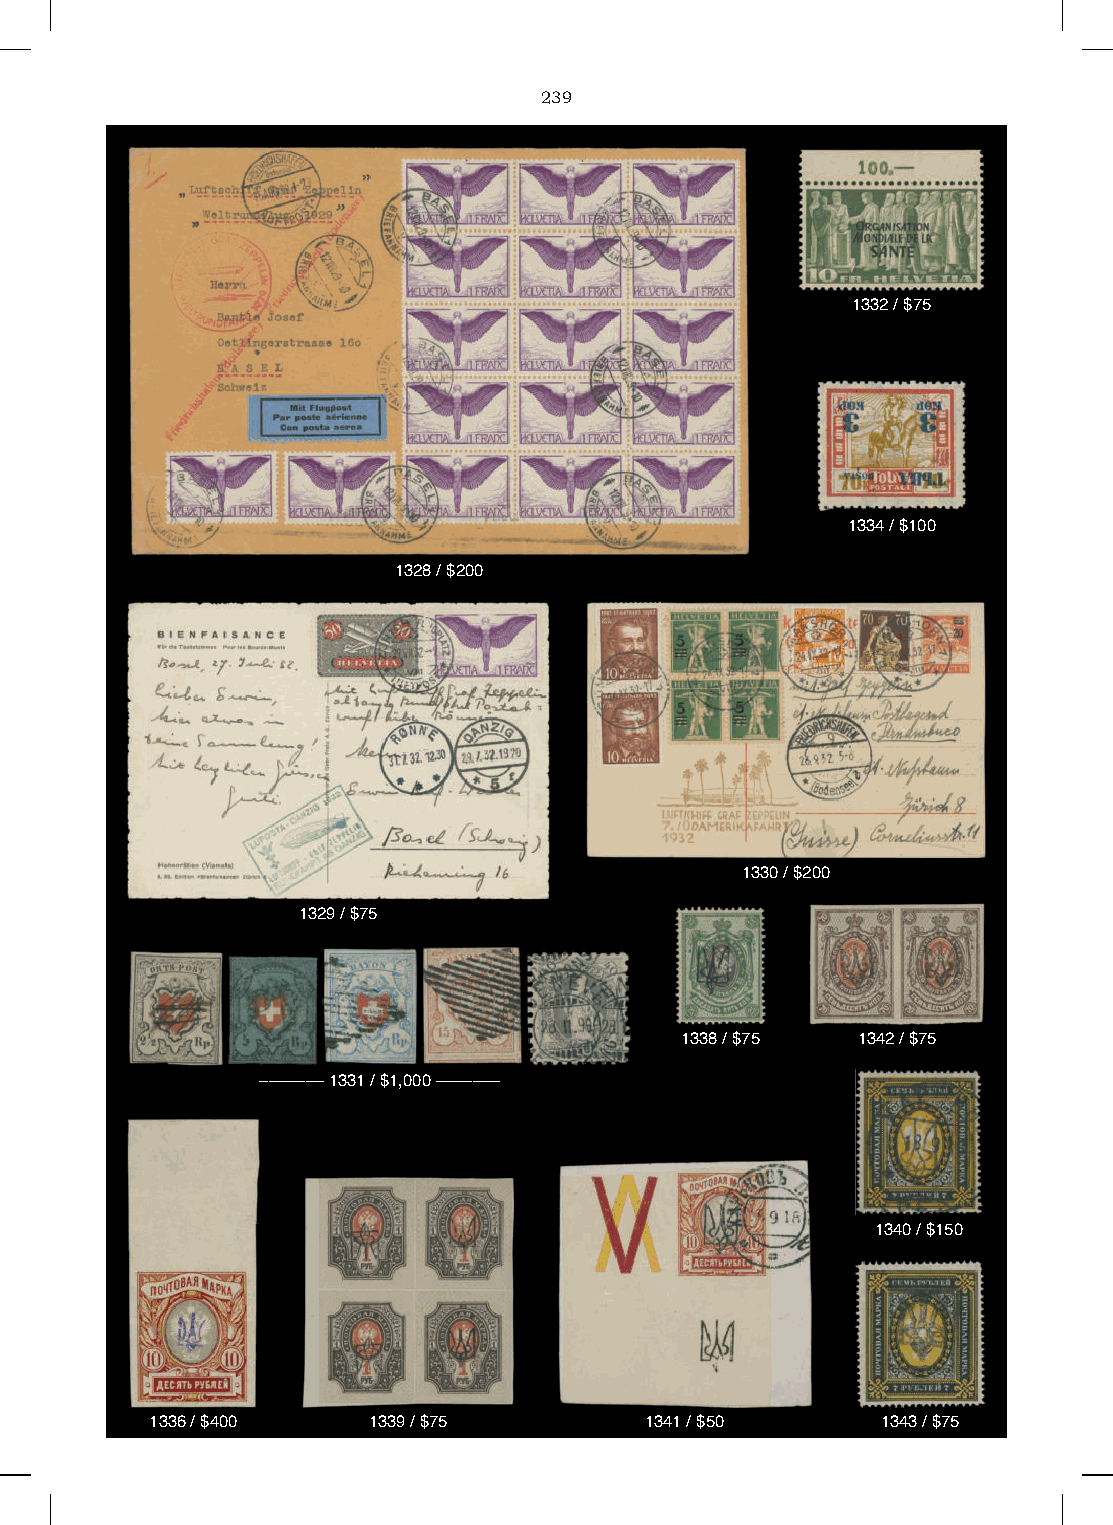
239
 1332 / $75
 1334 / $100
 1328 / $200
 1330 / $200
 1329 / $75
 1338 / $75  1342 / $75
 ––––––– 1331 / $1,000 –––––––
 1340 / $150
 1336 / $400   1339 / $75         1341 / $50     1343 / $75